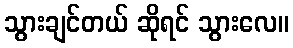
သွားချင်တယ် ဆိုရင် သွားလေ။